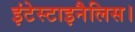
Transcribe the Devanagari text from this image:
इंटेस्टाइनैलिस।